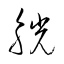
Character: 觥